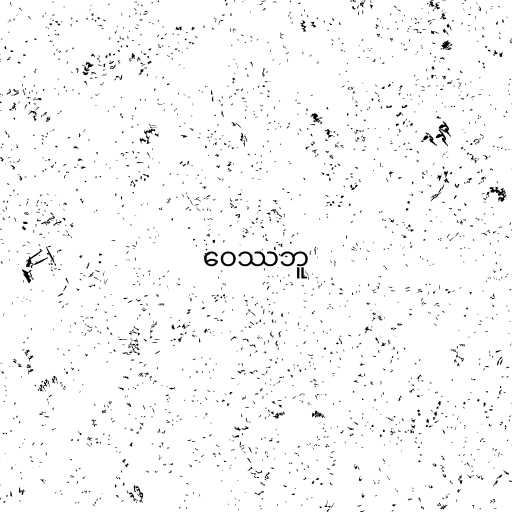
ဝေဿဘူ